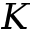
K